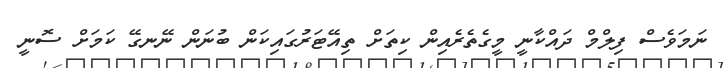
ނަމަވެސް ފިލްމް ދައްކާނީ މީގެތެރެއިން ކިތަށް ތިއޭޓަރުގައިކަން ބުނަން ނޭނގޭ ކަމަށް ސޮނީ